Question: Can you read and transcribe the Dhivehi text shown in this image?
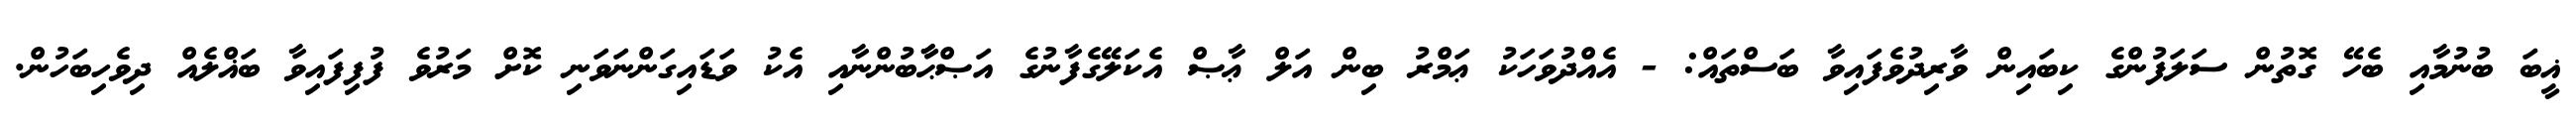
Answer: ޣީބަ ބުނުމާއި ބެހޭ ގޮތުން ސަލަފުންގެ ކިބައިން ވާރިދުވެފައިވާ ބަސްތައް: - އެއްދުވަހަކު ޢަމްރު ބިން އަލް ޢާޞް އެކަލޭގެފާނުގެ އަޞްޙާާބުންނާއި އެކު ވަޑައިގަންނަވަނި ކޮށް މަރުވެ ފުފިފައިވާ ބަޣްލެއް ދިވެހިބަހުން.